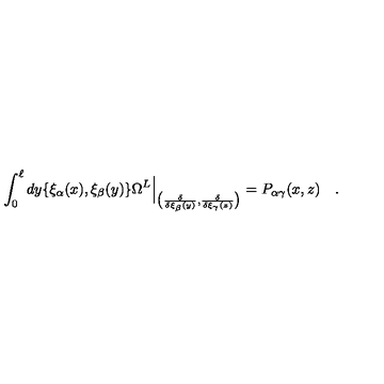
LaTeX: \int _ { 0 } ^ { \ell } d y \{ \xi _ { \alpha } ( x ) , \xi _ { \beta } ( y ) \} \Omega ^ { L } \Big | _ { \big ( { \frac { \delta } { \delta \xi _ { \beta } ( y ) } } , { \frac { \delta } { \delta \xi _ { \gamma } ( z ) } } \big ) } = P _ { \alpha \gamma } ( x , z ) \quad .